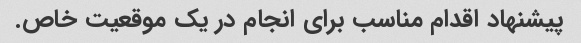
پیشنهاد اقدام مناسب برای انجام در یک موقعیت خاص.